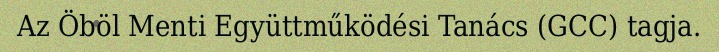
Az Öböl Menti Együttműködési Tanács (GCC) tagja.